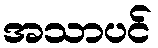
အသာပင်